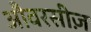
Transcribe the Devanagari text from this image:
औवरसीज़